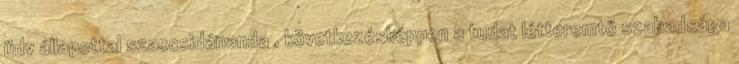
üdv állapottal szaccsidánanda , következésképpen a tudat létteremtő szabadsága